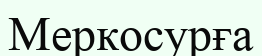
Меркосурға